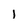
Character: l